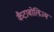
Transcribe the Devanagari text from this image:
कैटाबोलिज्म